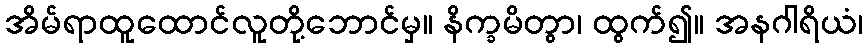
အိမ်ရာထူထောင်လူတို့ဘောင်မှ။ နိက္ခမိတွာ၊ ထွက်၍။ အနဂါရိယံ၊